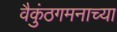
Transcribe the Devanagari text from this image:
वैकुंठगमनाच्या